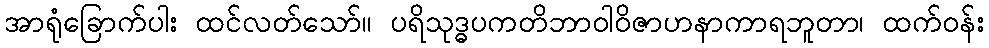
အာရုံခြောက်ပါး ထင်လတ်သော်။ ပရိသုဒ္ဓပကတိဘာဝါဝိဇာဟနာကာရဘူတာ၊ ထက်ဝန်း